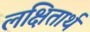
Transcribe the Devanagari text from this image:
लक्षितार्थ